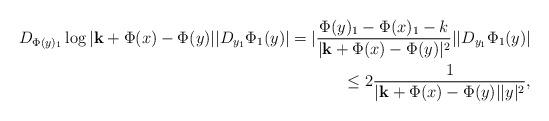
LaTeX: \begin{align*} D_{\Phi(y)_1}\log|{\bf k}+\Phi(x)-\Phi(y)||D_{y_1}\Phi_1(y)|=|\frac{\Phi(y)_1-\Phi(x)_1-k}{|{\bf{k}}+\Phi(x)-\Phi(y)|^2}||D_{y_1}\Phi_1(y)|\\ \le 2\frac{1}{|{\bf{k}}+\Phi(x)-\Phi(y)||y|^2}, \end{align*}